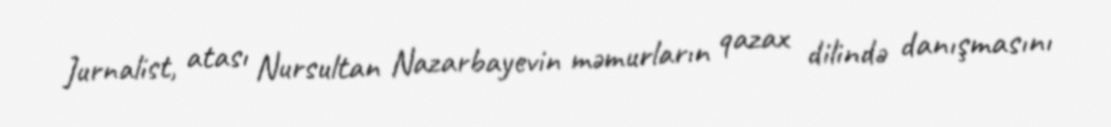
Jurnalist, atası Nursultan Nazarbayevin məmurların qazax dilində danışmasını